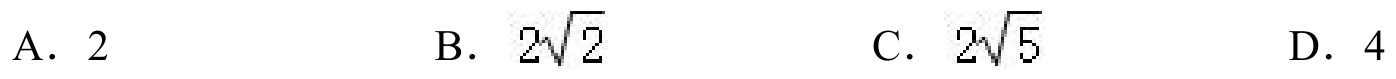
A. \(2\)
B. \(2\sqrt{2}\)
C. \(2\sqrt{5}\)
D. \(4\)